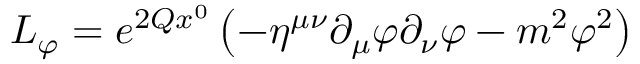
{ \cal L } _ { \varphi } = e ^ { 2 Q x ^ { 0 } } \left( - \eta ^ { \mu \nu } \partial _ { \mu } \varphi \partial _ { \nu } \varphi - m ^ { 2 } \varphi ^ { 2 } \right)